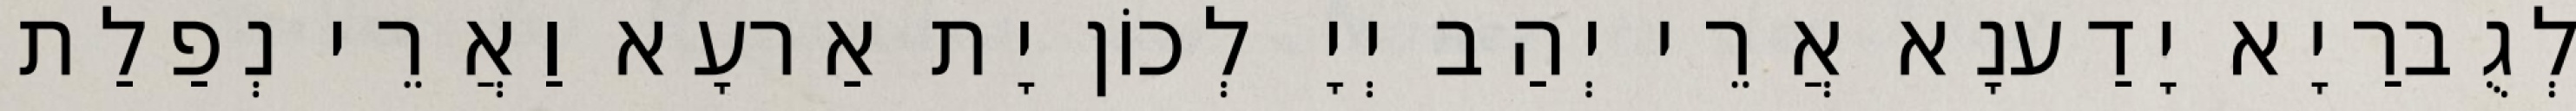
לְגֻברַיָא יָדַענָא אֲרֵי יְהַב יְיָ לְכוֹן יָת אַרעָא וַאֲרֵי נְפַלַת